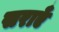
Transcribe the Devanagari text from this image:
सराएँ